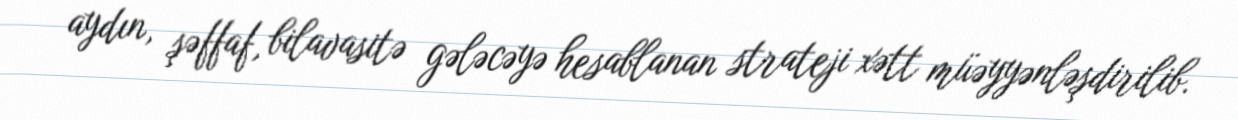
aydın, şəffaf, bilavasitə gələcəyə hesablanan strateji xətt müəyyənləşdirilib.